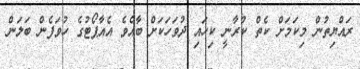
ރައްޔިތުން މިކަމަށް ކެތް ކުރާނީ ކިހައި ދުވަހަކަށް ބާއެވެ އެއާޕޯޓުގެ ހުވަފެން ބަލަން